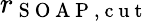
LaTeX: r_{\mathrm{~S~O~A~P~,~c~u~t~}}